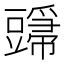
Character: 𬤸